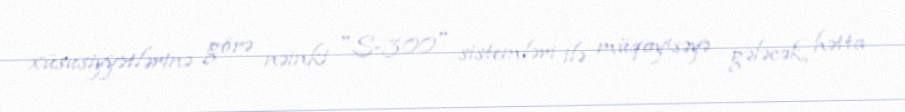
xüsusiyyətlərinə görə nəinki "S-300" sistemləri ilə müqayisəyə gələcək, hətta